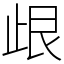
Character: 𣥦